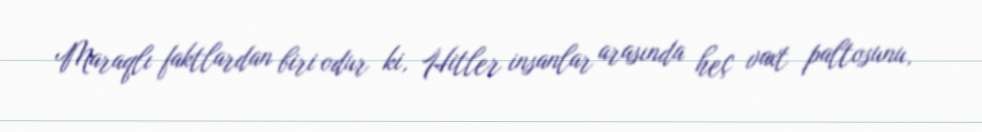
Maraqlı faktlardan biri odur ki, Hitler insanlar arasında heç vaxt paltosunu,